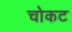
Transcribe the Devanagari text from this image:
चोकट